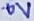
Text: 0V